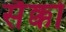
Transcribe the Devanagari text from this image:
सैक्को